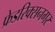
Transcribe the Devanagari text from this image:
फ्रेडरिक्सनगर